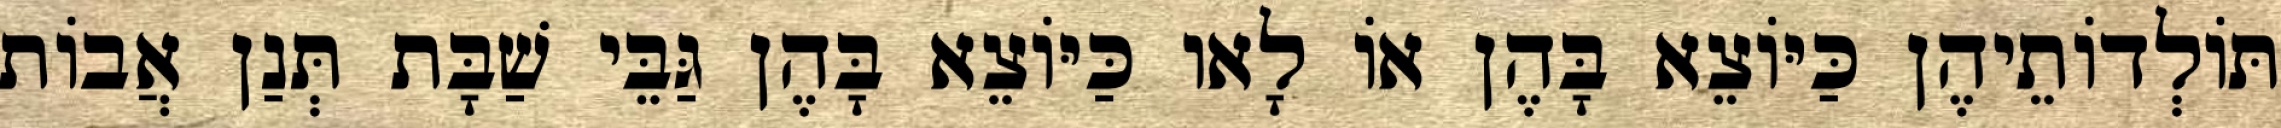
תּוֹלְדוֹתֵיהֶן כַּיּוֹצֵא בָּהֶן אוֹ לָאו כַּיּוֹצֵא בָּהֶן גַּבֵּי שַׁבָּת תְּנַן אֲבוֹת